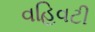
વહિવટી